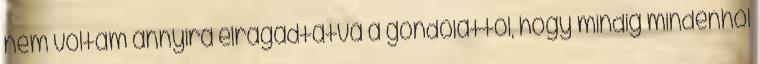
nem voltam annyira elragadtatva a gondolattól, hogy mindig mindenhol